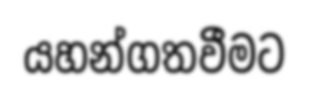
යහන්ගතවීමට